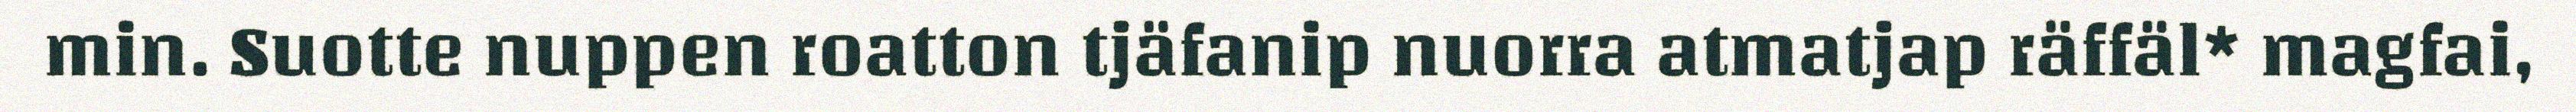
min. Suotte nuppen roatton tjäfanip nuorra atmatjap räffäl* magfai,